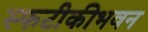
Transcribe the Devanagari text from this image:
स्फटीकीभवन